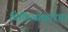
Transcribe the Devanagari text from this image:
चिकित्सेकरिता